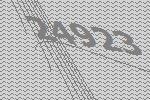
24923